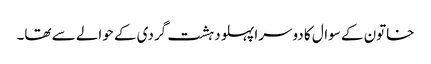
خاتون کے سوال کا دوسرا پہلو دہشت گردی کے حوالے سے تھا۔